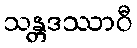
သန္တဒဿာဝီ